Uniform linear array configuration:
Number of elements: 12
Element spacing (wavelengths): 0.25
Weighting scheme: kaiser
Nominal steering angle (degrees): -45
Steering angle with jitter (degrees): -43.294
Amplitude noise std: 0.05
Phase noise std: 0.05

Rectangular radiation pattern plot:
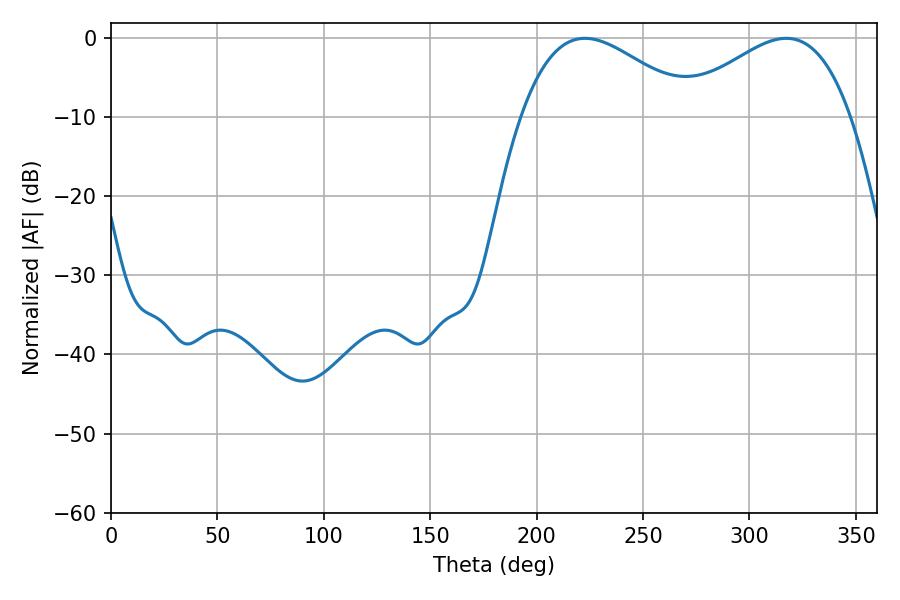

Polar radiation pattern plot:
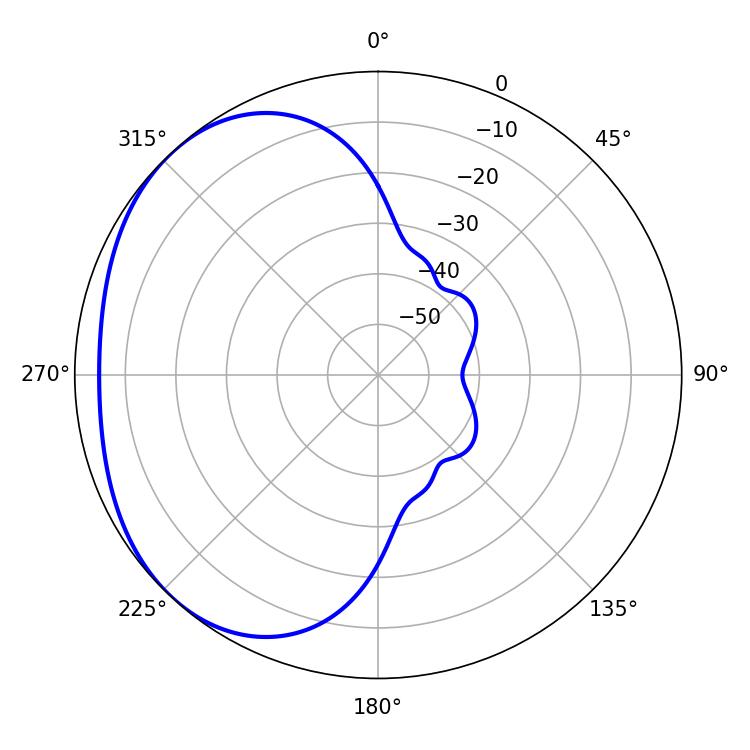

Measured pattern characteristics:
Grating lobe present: FALSE
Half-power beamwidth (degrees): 44.28
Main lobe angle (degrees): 222.66